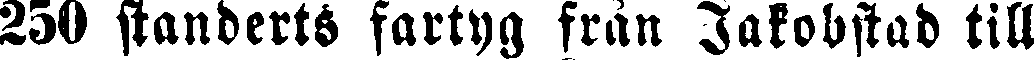
250 standerts fartyg från Jakobstad till